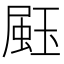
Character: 𤧤